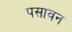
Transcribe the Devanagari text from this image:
पसावन